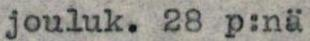
jouluk. 28 p:nä